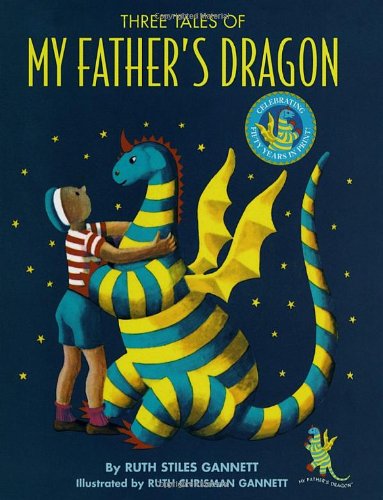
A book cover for Three Tales of My Father's Dragon; Ruth Stiles Gannett; Children's Books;